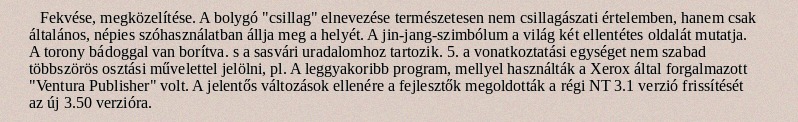
Fekvése, megközelítése. A bolygó "csillag" elnevezése természetesen nem csillagászati értelemben, hanem csak általános, népies szóhasználatban állja meg a helyét. A jin-jang-szimbólum a világ két ellentétes oldalát mutatja. A torony bádoggal van borítva. s a sasvári uradalomhoz tartozik. 5. a vonatkoztatási egységet nem szabad többszörös osztási művelettel jelölni, pl. A leggyakoribb program, mellyel használták a Xerox által forgalmazott "Ventura Publisher" volt. A jelentős változások ellenére a fejlesztők megoldották a régi NT 3.1 verzió frissítését az új 3.50 verzióra.